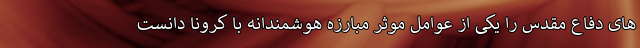
های دفاع مقدس را یکی از عوامل موثر مبارزه هوشمندانه با کرونا دانست